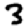
Digit: 3